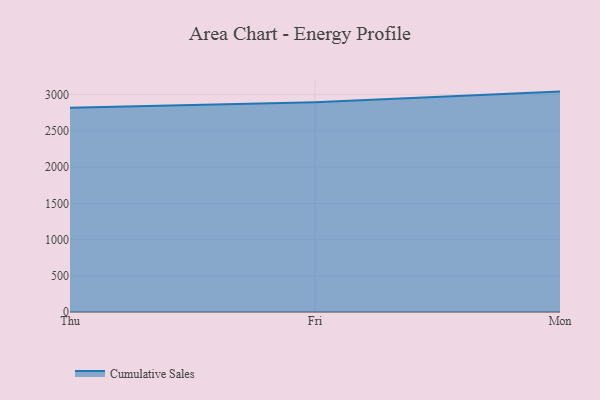
{"axis": {"x": "Day", "y": "Net Income (USD K)"}, "legend": ["Cumulative Sales"], "data": [{"x": "Thu", "y": 2820.8, "type": "Cumulative Sales"}, {"x": "Fri", "y": 2895.1, "type": "Cumulative Sales"}, {"x": "Mon", "y": 3042.2, "type": "Cumulative Sales"}]}